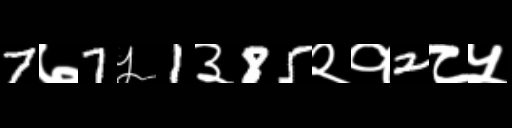
Text: 7७7५1३85२१2८५